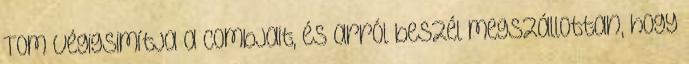
Tom végigsimítja a combjait, és arról beszél megszállottan, hogy